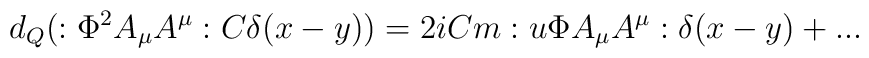
d_Q(:\Phi^2 A_\mu A^\mu:C\delta(x-y)) = 2iCm:u\Phi A_\mu A^\mu:\delta(x-y)+...